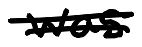
Text: was
Cross-out: double-line
Writing tool: digital_black